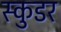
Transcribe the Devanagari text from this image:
स्कुडर